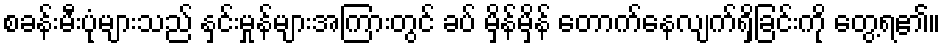
စခန်းမီးပုံများသည် နှင်းမှုန်များအကြားတွင် ခပ် မှိန်မှိန် တောက်နေလျက်ရှိခြင်းကို တွေ့ရ၏။